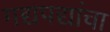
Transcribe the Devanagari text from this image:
गद्यपद्यांचा